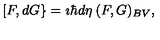
[ F , d G \} = \imath \hbar d \eta \: ( F , G ) _ { B V } ,